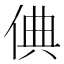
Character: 倎